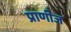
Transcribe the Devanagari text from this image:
प्राणीज